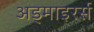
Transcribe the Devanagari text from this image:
अड्माइरर्स